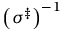
\left( \sigma ^ { \ddag } \right) ^ { - 1 }